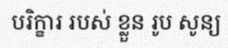
បរិក្ខារ របស់ ខ្លួន រូប សូន្យ